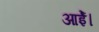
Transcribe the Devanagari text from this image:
आईे।